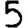
Digit: 5